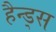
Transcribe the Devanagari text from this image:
हैन्ड्स